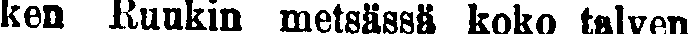
ken Ruukin metsässä koko talven